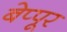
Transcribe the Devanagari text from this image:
बेप्पूर